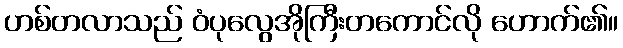
ဟစ်တလာသည် ဝံပုလွေအိုကြီးတကောင်လို ဟောက်၏။